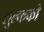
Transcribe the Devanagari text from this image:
शुल्कको